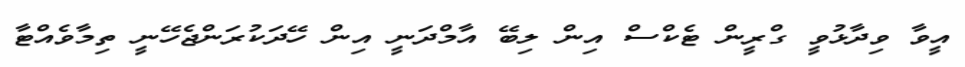
އީވާ ވިދާޅުވީ ގްރީން ޓެކްސް އިން ލިބޭ އާމްދަނީ އިން ހޭދަކުރަންޖެހޭނީ ތިމާވެއްޓާ